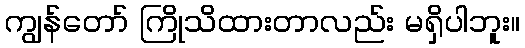
ကျွန်တော် ကြိုသိထားတာလည်း မရှိပါဘူး။